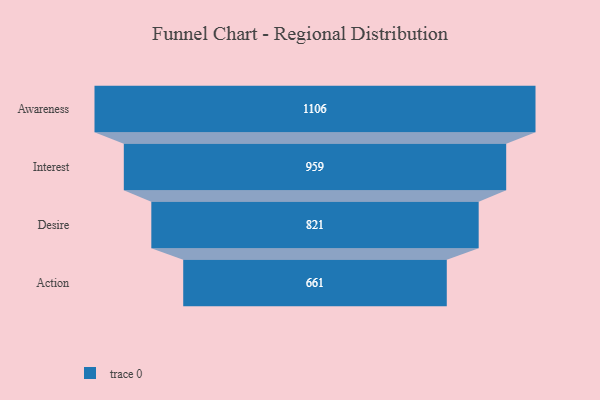
{"axis": {"x": "Stage", "y": "Value"}, "legend": [""], "data": [{"x": "Awareness", "y": 1106.0, "type": ""}, {"x": "Interest", "y": 959.0, "type": ""}, {"x": "Desire", "y": 821.0, "type": ""}, {"x": "Action", "y": 661.0, "type": ""}]}